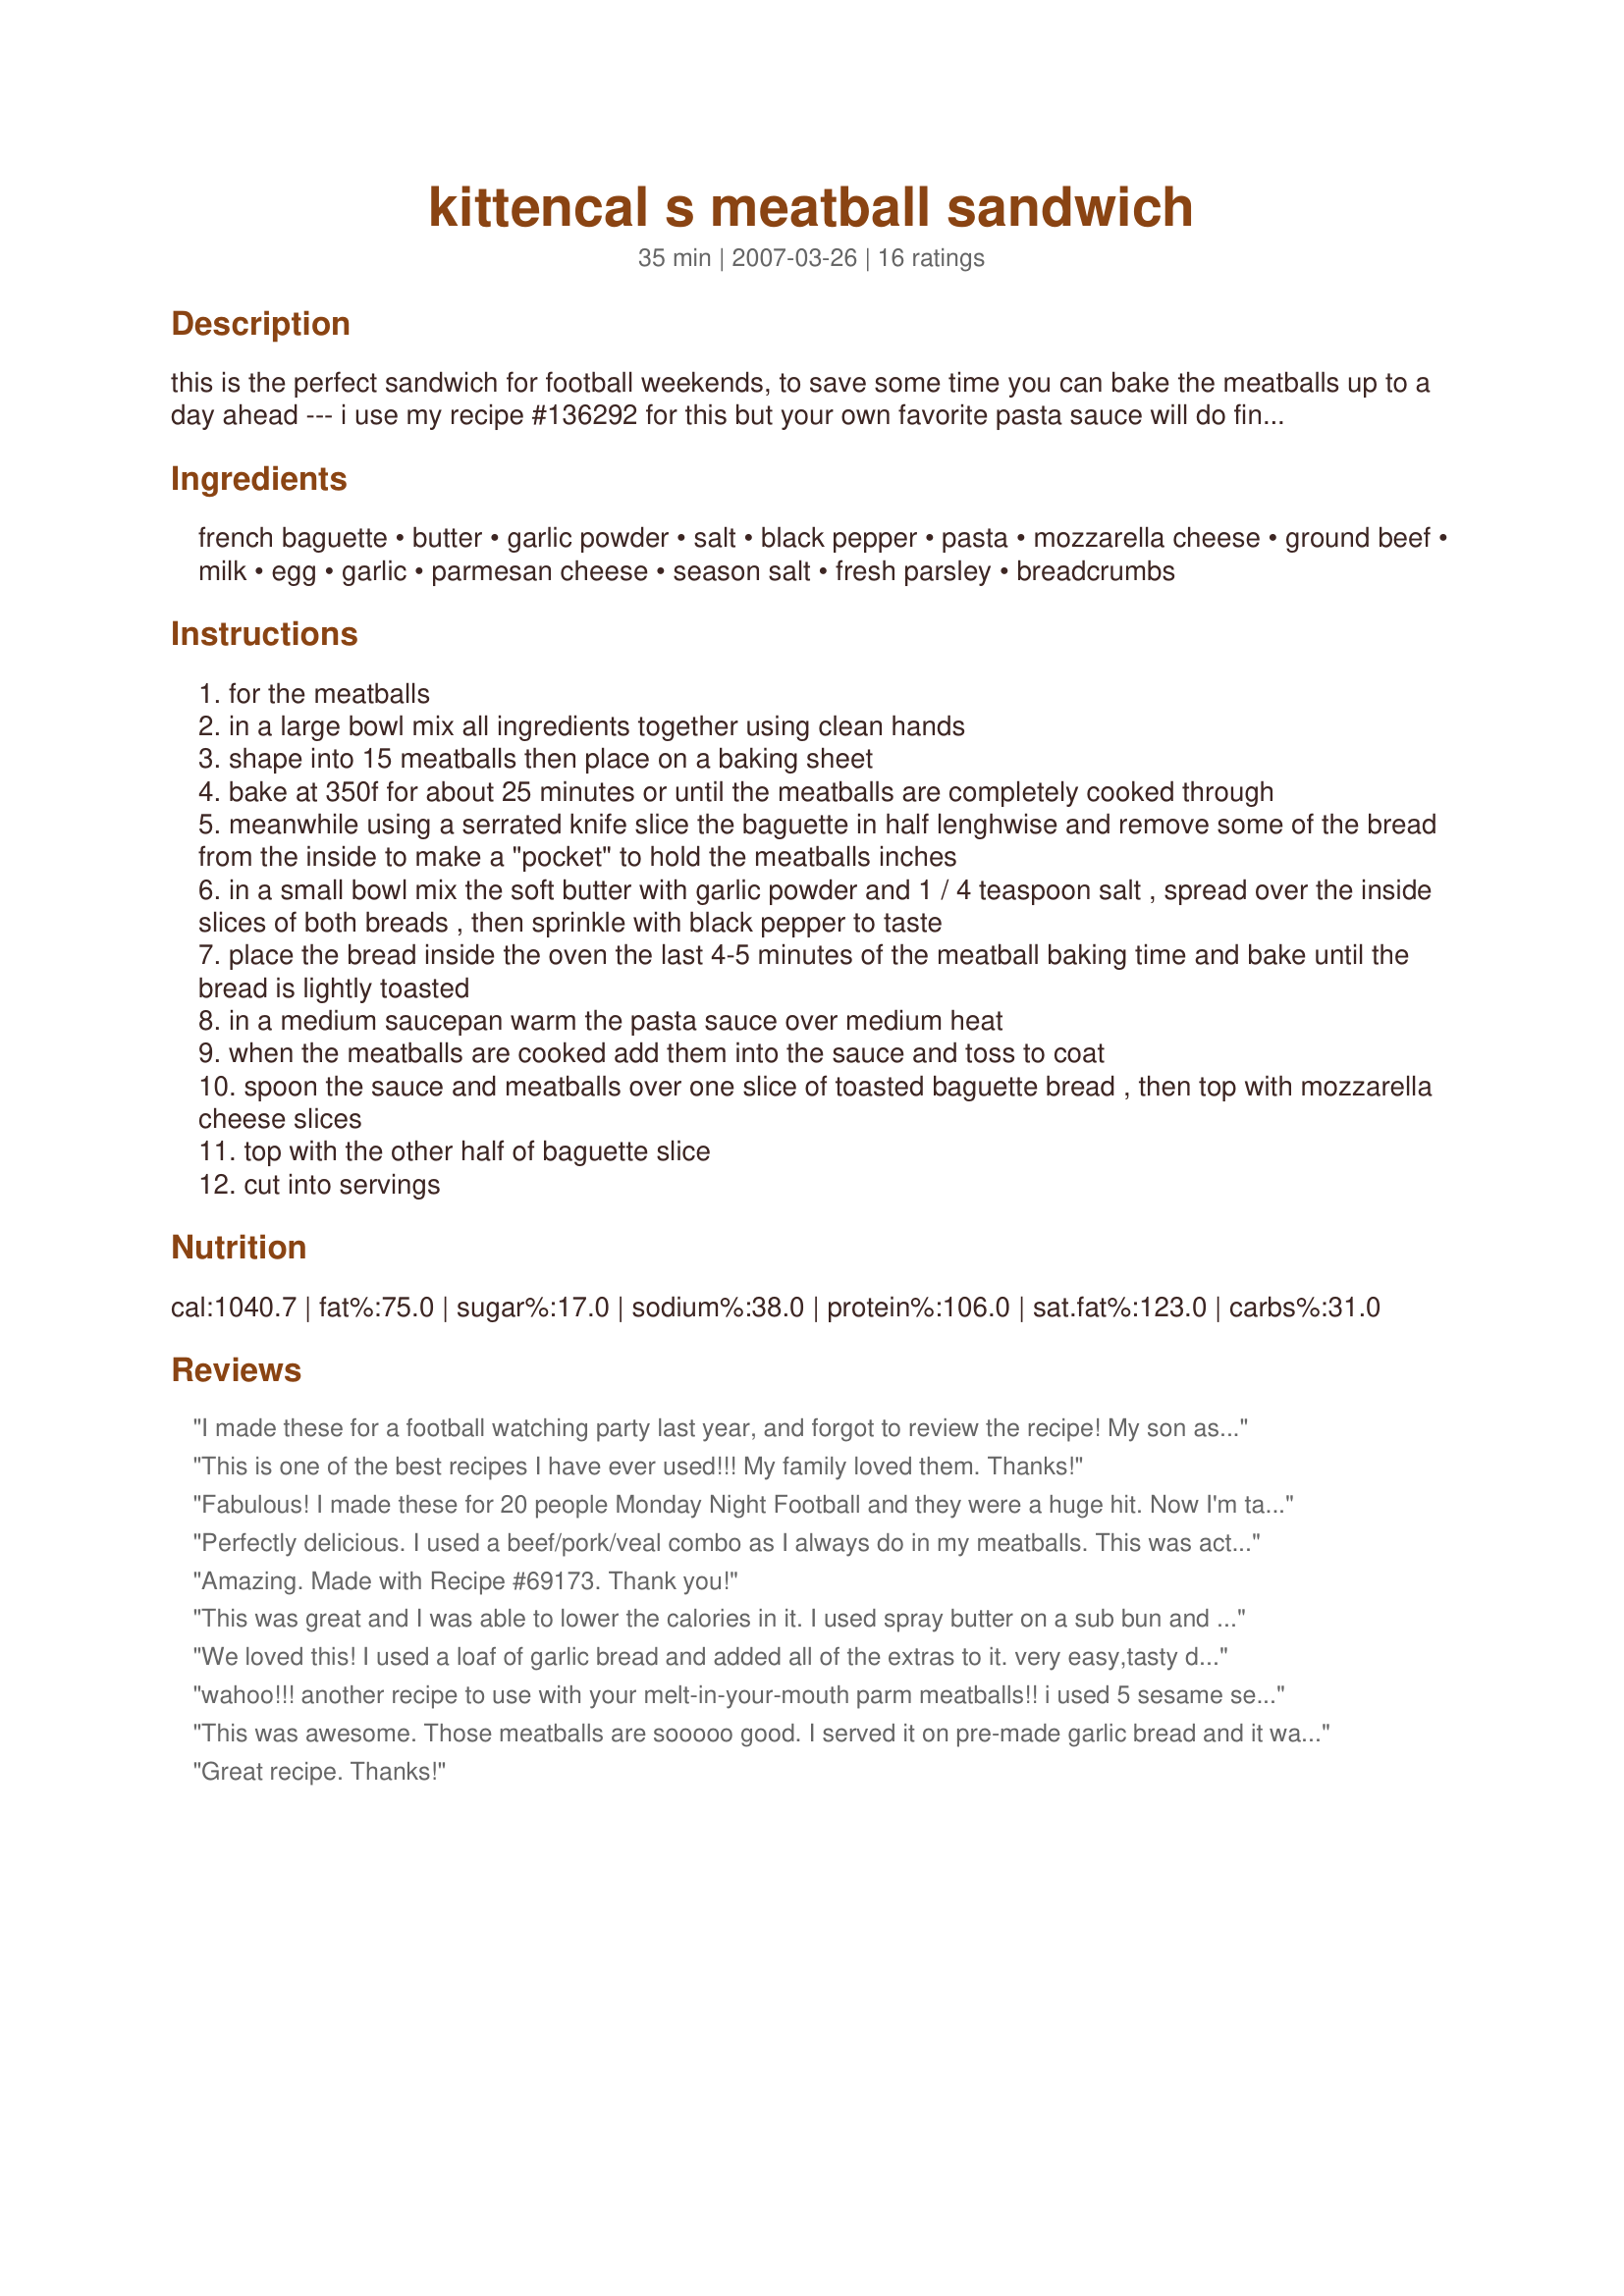
kittencal s meatball sandwich
Preparation time: 35 minutes

this is the perfect sandwich for football weekends, to save some time you can bake the meatballs up to a day ahead --- i use my recipe #136292 for this but your own favorite pasta sauce will do fine, if desired you can make 20 mini meatballs instead of larger ones :) --- also see my recipe #69173

Ingredients:
french baguette, butter, garlic powder, salt, black pepper, pasta, mozzarella cheese, ground beef, milk, egg, garlic, parmesan cheese, season salt, fresh parsley, breadcrumbs

Steps:
for the meatballs
in a large bowl mix all ingredients together using clean hands
shape into 15 meatballs then place on a baking sheet
bake at 350f for about 25 minutes or until the meatballs are completely cooked through
meanwhile using a serrated knife slice the baguette in half lenghwise and remove some of the bread from the inside to make a "pocket" to hold the meatballs inches
in a small bowl mix the soft butter with garlic powder and 1 / 4 teaspoon salt , spread over the inside slices of both breads , then sprinkle with black pepper to taste
place the bread inside the oven the last 4-5 minutes of the meatball baking time and bake until the bread is lightly toasted
in a medium saucepan warm the pasta sauce over medium heat
when the meatballs are cooked add them into the sauce and toss to coat
spoon the sauce and meatballs over one slice of toasted baguette bread , then top with mozzarella cheese slices
top with the other half of baguette slice
cut into servings

Reviews:
I made these for a football watching party last year, and forgot to review the recipe! My son asked me to make these for his birthday, and that's when I discovered I hadn't left a 5 star review yet. These are absolutely the best! Thanks for a great recipe.
This is one of the best recipes I have ever used!!! My family loved them. Thanks!
Fabulous! I made these for 20 people Monday Night Football and they were a huge hit. Now I'm taking them for NASCAR weekend because I can have everything ready before we leave and I know they'll travel well. Thanks Kittencal.
Perfectly delicious. I used a beef/pork/veal combo as I always do in my meatballs. This was actually very quick to put together! Thanks for another great recipe Kitten!
Amazing. Made with Recipe #69173. Thank you!
This was great and I was able to lower the calories in it. I used spray butter on a sub bun and then just sprinkled the garlic, salt, and pepper over it. I used fat free swiss cheese, 93/7 hamburger, and fat free parmasean. This is definately a keeper and even with my changes I felt like I was over indulging. Thanks for the great recipe.
We loved this! I used a loaf of garlic bread and added all of the extras to it. very easy,tasty dinner. Thanks!!
wahoo!!! another recipe to use with your melt-in-your-mouth parm meatballs!! i used 5 sesame seed hoagies that i scooped bread out of a spread your butter mixture in. then i used toothpicks to keep them open while baking. when i make your meatballs, i always make them miniture, so they worked out perfectly in the subs (easy to eat). i used provolone slices instead of mozzarella. next time i think i'll broil the subs for a sec after adding the cheese so it gets all gooey! ;) will be making this many more times, this is a keeper! thank, kitten!
This was awesome. Those meatballs are sooooo good. I served it on pre-made garlic bread and it was to die for! I made it for my daughter and myself, so I have enough meatballs leftover to throw into the pasta dish I'm going to make tomorrow. Thanks kit. I can always count on your recipes!
Great recipe. Thanks!
Kit these are excellant meatball sandwiches. We loved the meatballs, they were moist, tender and delish, very quick and easy to make. The garlic bread and melted mozzarella are a lovely addition to the sandwich . My dh & neighbors & I all enjoyed it very much. Both couples went home with your tasty recipe. Thank you so much for sharing another Winner!
My DH and DD and her boyfriend all loved this sandwich! I used Prego Italian sauce. Will make again! I forgot to take a photo, so sorry!
Great recipe. Thanks for posting.
Nice sandwich. I made as directed and made 20 meatballs. Mine cooked in exactly 25 minutes. Made for The Best of 2008 Cookbook Swap. Thank Kittencal.
Everyone loved it, the kids, the neighbors, everyone!
Kit we loved this, I used your recipe#69173 for the meatballs I didn't want to change the recipe because they are the best meatballs on the planet! I made this on sub buns and my family loved it, thanks for one more winner Kit.
